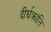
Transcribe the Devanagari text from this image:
दीर्घक्रांति